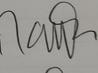
Signature authenticity: genuine